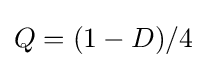
Q=(1-D)/4